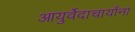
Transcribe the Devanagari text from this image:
आयुर्वेदाचार्यांना